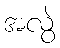
အလွဲ